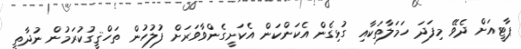
ޕާޓީއަށް ދެވޭ މިފަދަ ހަމަލާތަކާއި ގުޅިގެން އެކަންކަން އެކަށީގެންވާވަރަށް ފުލުހުން ތަހްޤީގުކުރަމުން ނުދާތީ